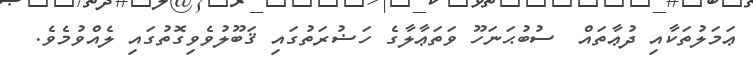
ޢަމަލުތަކާއި ދުޢާތައް  ސުބުޙަނަހޫ ވަތަޢާލާގެ ހަޟުރަތުގައި ޤަބޫލުވެވިގޮތުގައި ލެއްވުމެވެ.